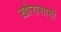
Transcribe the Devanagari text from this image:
ख़ोरासानी